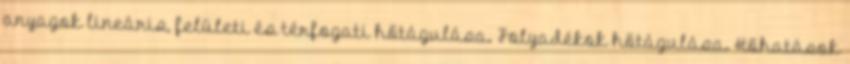
anyagok lineáris, felületi és térfogati hőtágulása. Folyadékok hőtágulása. Hőhatások